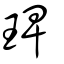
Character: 琕